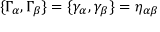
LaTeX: \{ \Gamma _ { \alpha } , \Gamma _ { \beta } \} = \{ \gamma _ { \alpha } , \gamma _ { \beta } \} = \eta _ { \alpha \beta }